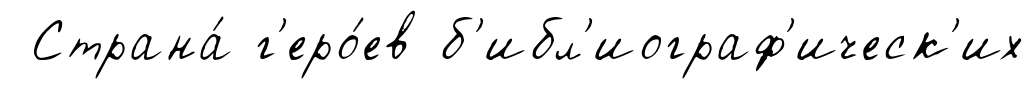
Страна́ г'еро́ев б'ибл'иограф'ическ'их